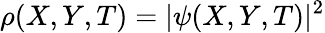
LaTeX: \rho(X,Y,T)=|\psi(X,Y,T)|^{2}